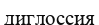
диглоссия